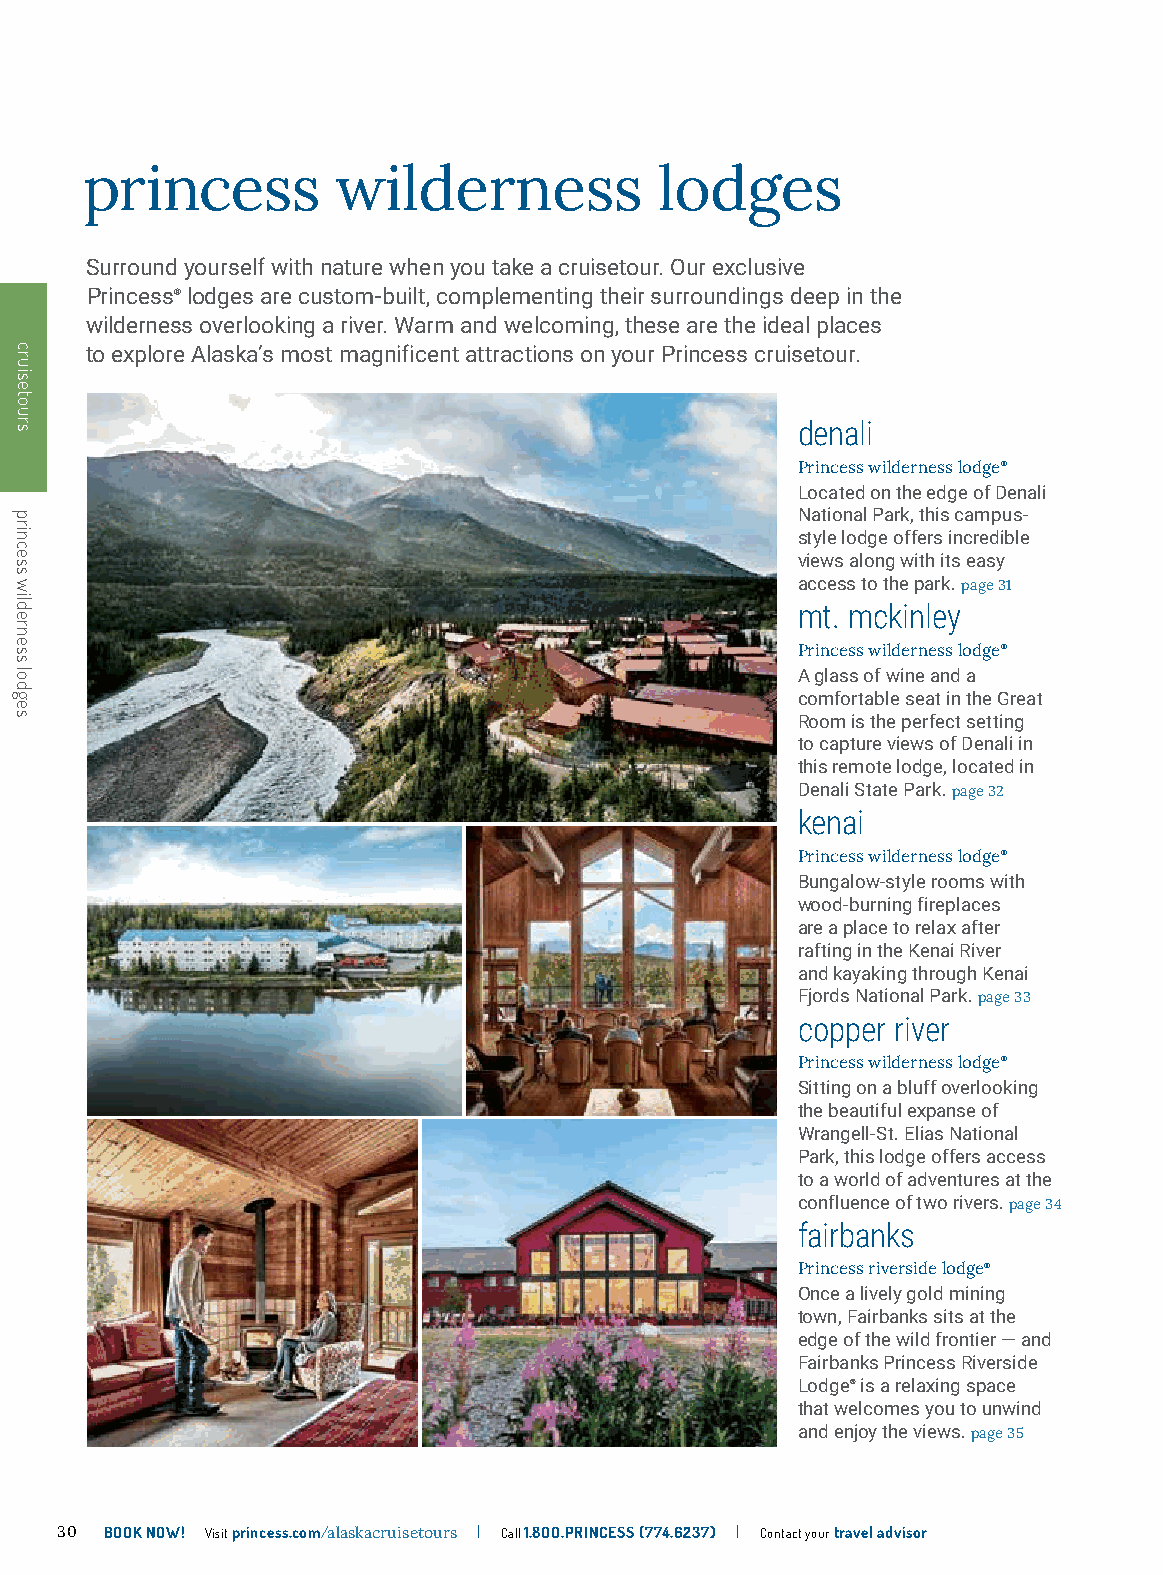
princess         wilderness            lodges
 Surround yourself with nature when you take a cruisetour. Our exclusive
 Princess® lodges are custom-built, complementing their surroundings deep in the
 wilderness overlooking a river. Warm and welcoming, these are the ideal places
 to explore Alaska’s most magnificent attractions on your Princess cruisetour.
 denali
 Princess wilderness lodge®
 Located on the edge of Denali
 National Park, this campus-
 style lodge offers incredible
 views along with its easy
 access to the park. page 31
 mt. mckinley
 Princess wilderness lodge®
 A glass of wine and a
 comfortable seat in the Great
 Room is the perfect setting
 to capture views of Denali in
 this remote lodge, located in
 Denali State Park. page 32
 kenai
 Princess wilderness lodge®
 Bungalow-style rooms with
 wood-burning fireplaces
 are a place to relax after
 rafting in the Kenai River
 and kayaking through Kenai
 Fjords National Park. page 33
 copper river
 Princess wilderness lodge®
 Sitting on a bluff overlooking
 the beautiful expanse of
 Wrangell-St. Elias National
 Park, this lodge offers access
 to a world of adventures at the
 confluence of two rivers. page 34
 fairbanks
 Princess riverside lodge®
 Once a lively gold mining
 town, Fairbanks sits at the
 edge of the wild frontier — and
 Fairbanks Princess Riverside
 Lodge® is a relaxing space
 that welcomes you to unwind
 and enjoy the views. page 35
 30 BOOK NOW! Visit princess.com/alaskacruisetours | Call 1.8OO.PRINCESS (774.6237) | Contact your travel advisor
 cruisetours
 princess
 wilderness
 lodges